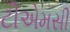
ટીએમસી